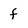
Character: f